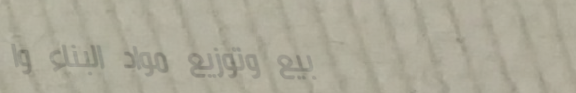
بيع وتوزيع مواد البناء وا